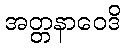
အတ္တနာဝေဒိ